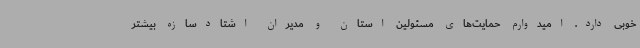
خوبی دارد. امیدوارم حمایت‌های مسئولین استان و مدیران اشتادسازه بیشتر